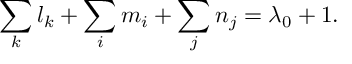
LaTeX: \sum _ { k } l _ { k } + \sum _ { i } m _ { i } + \sum _ { j } n _ { j } = \lambda _ { 0 } + 1 .